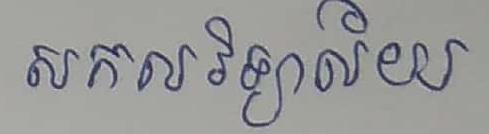
សកលវិទ្យាល័យ